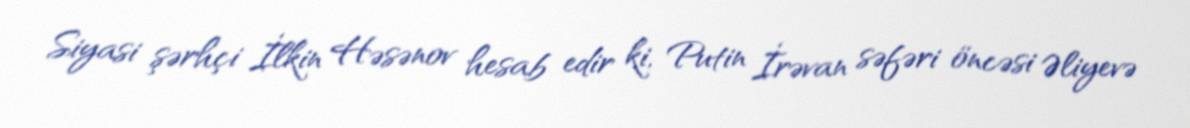
Siyasi şərhçi İlkin Həsənov hesab edir ki, Putin İrəvan səfəri öncəsi Əliyevə